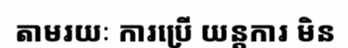
តាមរយៈ ការប្រើ យន្តការ មិន